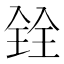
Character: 𫤪